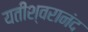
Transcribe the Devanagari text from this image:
यतीश्वरानंद